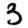
Digit: 3